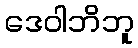
ဒေဝါဘိဘူ